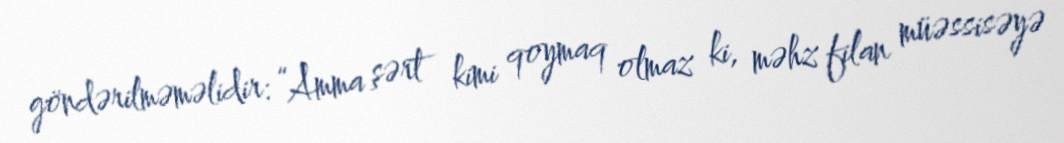
göndərilməməlidir: “Amma şərt kimi qoymaq olmaz ki, məhz filan müəssisəyə